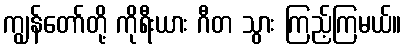
ကျွန်တော်တို့ ကိုရီးယား ဂီတ သွား ကြည့်ကြမယ်။